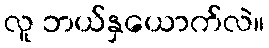
လူ ဘယ်နှယောက်လဲ။